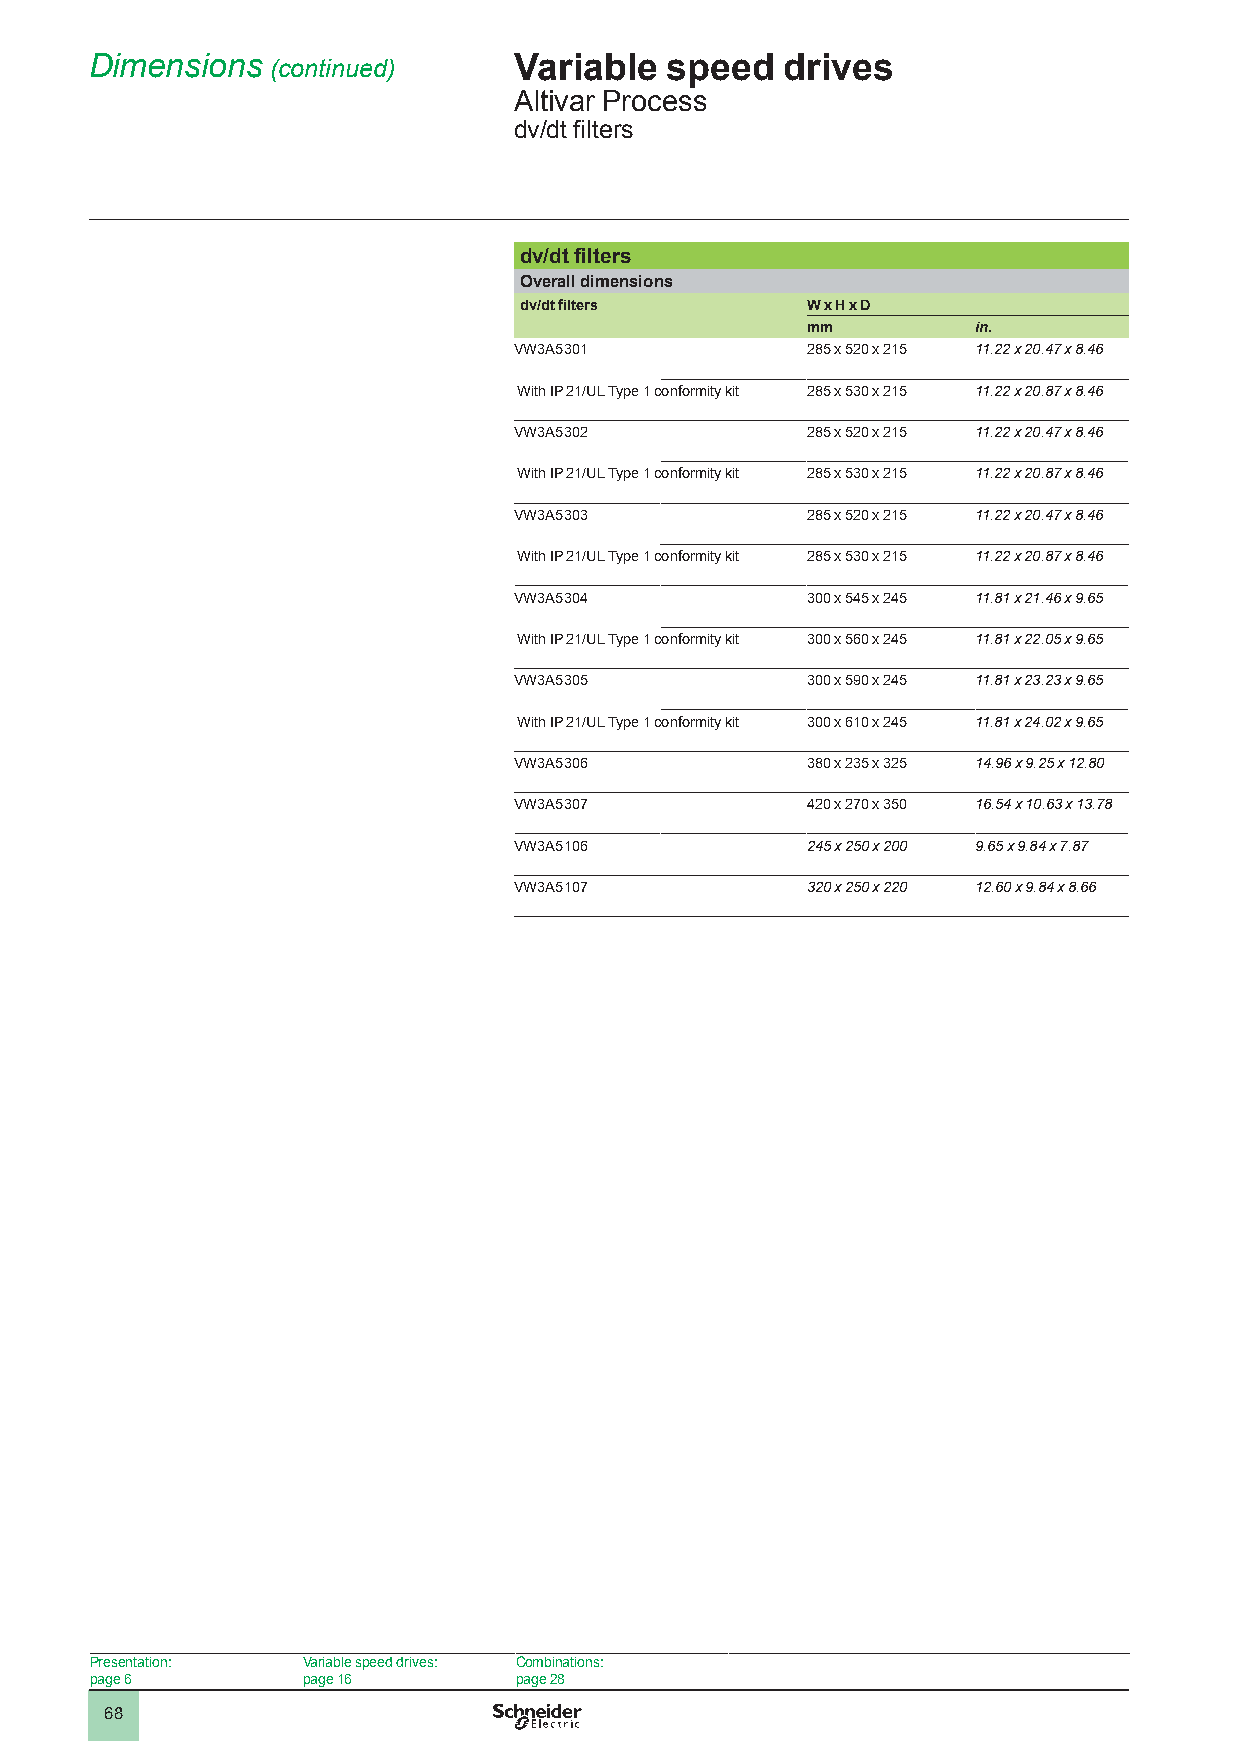
Dimensions  (continued)     Variable  speed   drives
 Altivar Process
 dv/dt filters
 dv/dt filters
 Overall dimensions
 dv/dt filters      W x H x D
 mm          in.
 VW3A5301           285 x 520 x 215 11.22 x 20.47 x 8.46
 With IP 21/UL Type 1 conformity kit 285 x 530 x 215 11.22 x 20.87 x 8.46
 VW3A5302           285 x 520 x 215 11.22 x 20.47 x 8.46
 With IP 21/UL Type 1 conformity kit 285 x 530 x 215 11.22 x 20.87 x 8.46
 VW3A5303           285 x 520 x 215 11.22 x 20.47 x 8.46
 With IP 21/UL Type 1 conformity kit 285 x 530 x 215 11.22 x 20.87 x 8.46
 VW3A5304           300 x 545 x 245 11.81 x 21.46 x 9.65
 With IP 21/UL Type 1 conformity kit 300 x 560 x 245 11.81 x 22.05 x 9.65
 VW3A5305           300 x 590 x 245 11.81 x 23.23 x 9.65
 With IP 21/UL Type 1 conformity kit 300 x 610 x 245 11.81 x 24.02 x 9.65
 VW3A5306           380 x 235 x 325 14.96 x 9.25 x 12.80
 VW3A5307           420 x 270 x 350 16.54 x 10.63 x 13.78
 VW3A5106           245 x 250 x 200 9.65 x 9.84 x 7.87
 VW3A5107           320 x 250 x 220 12.60 x 9.84 x 8.66
 Presentation: Variable speed drives: Combinations:
 page 6        page 16       page 28
 68